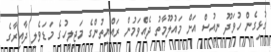
ގުޅިގެން ހުވަދޫ ނިއުސް އަށް މައުލޫމާތު ދެއްވަމުން ރައްޔިތުންގެ މަޖިލީހުގެ މަޑަވެލި ދާއިރާގެ